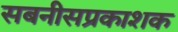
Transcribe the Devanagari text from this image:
सबनीसप्रकाशक